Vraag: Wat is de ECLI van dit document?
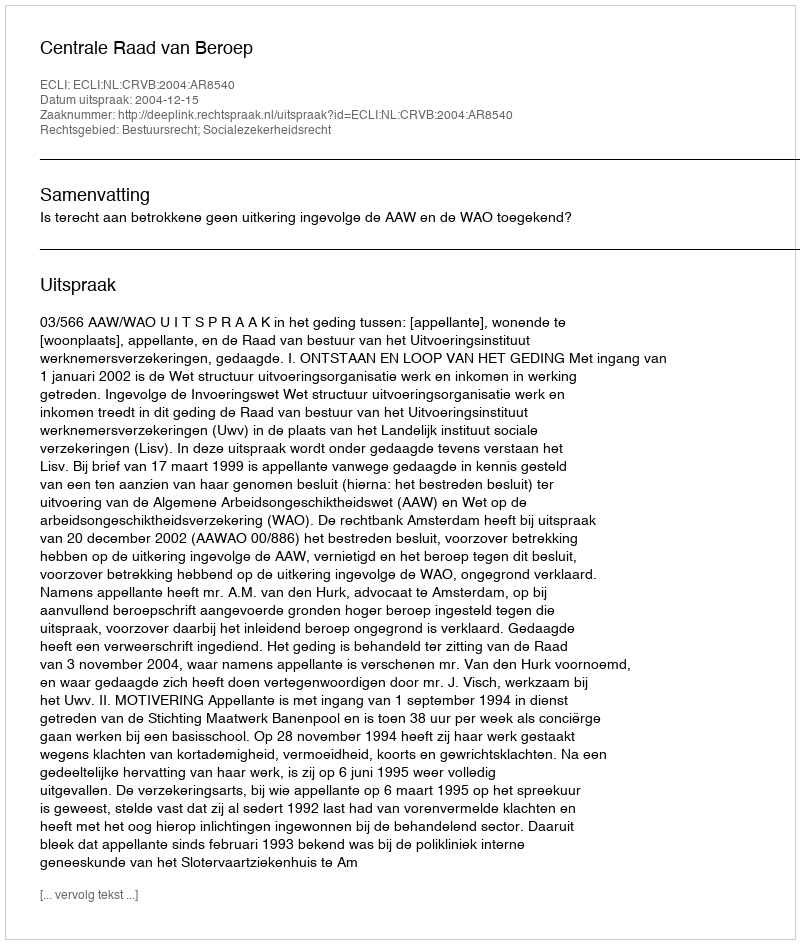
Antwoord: ECLI:NL:CRVB:2004:AR8540